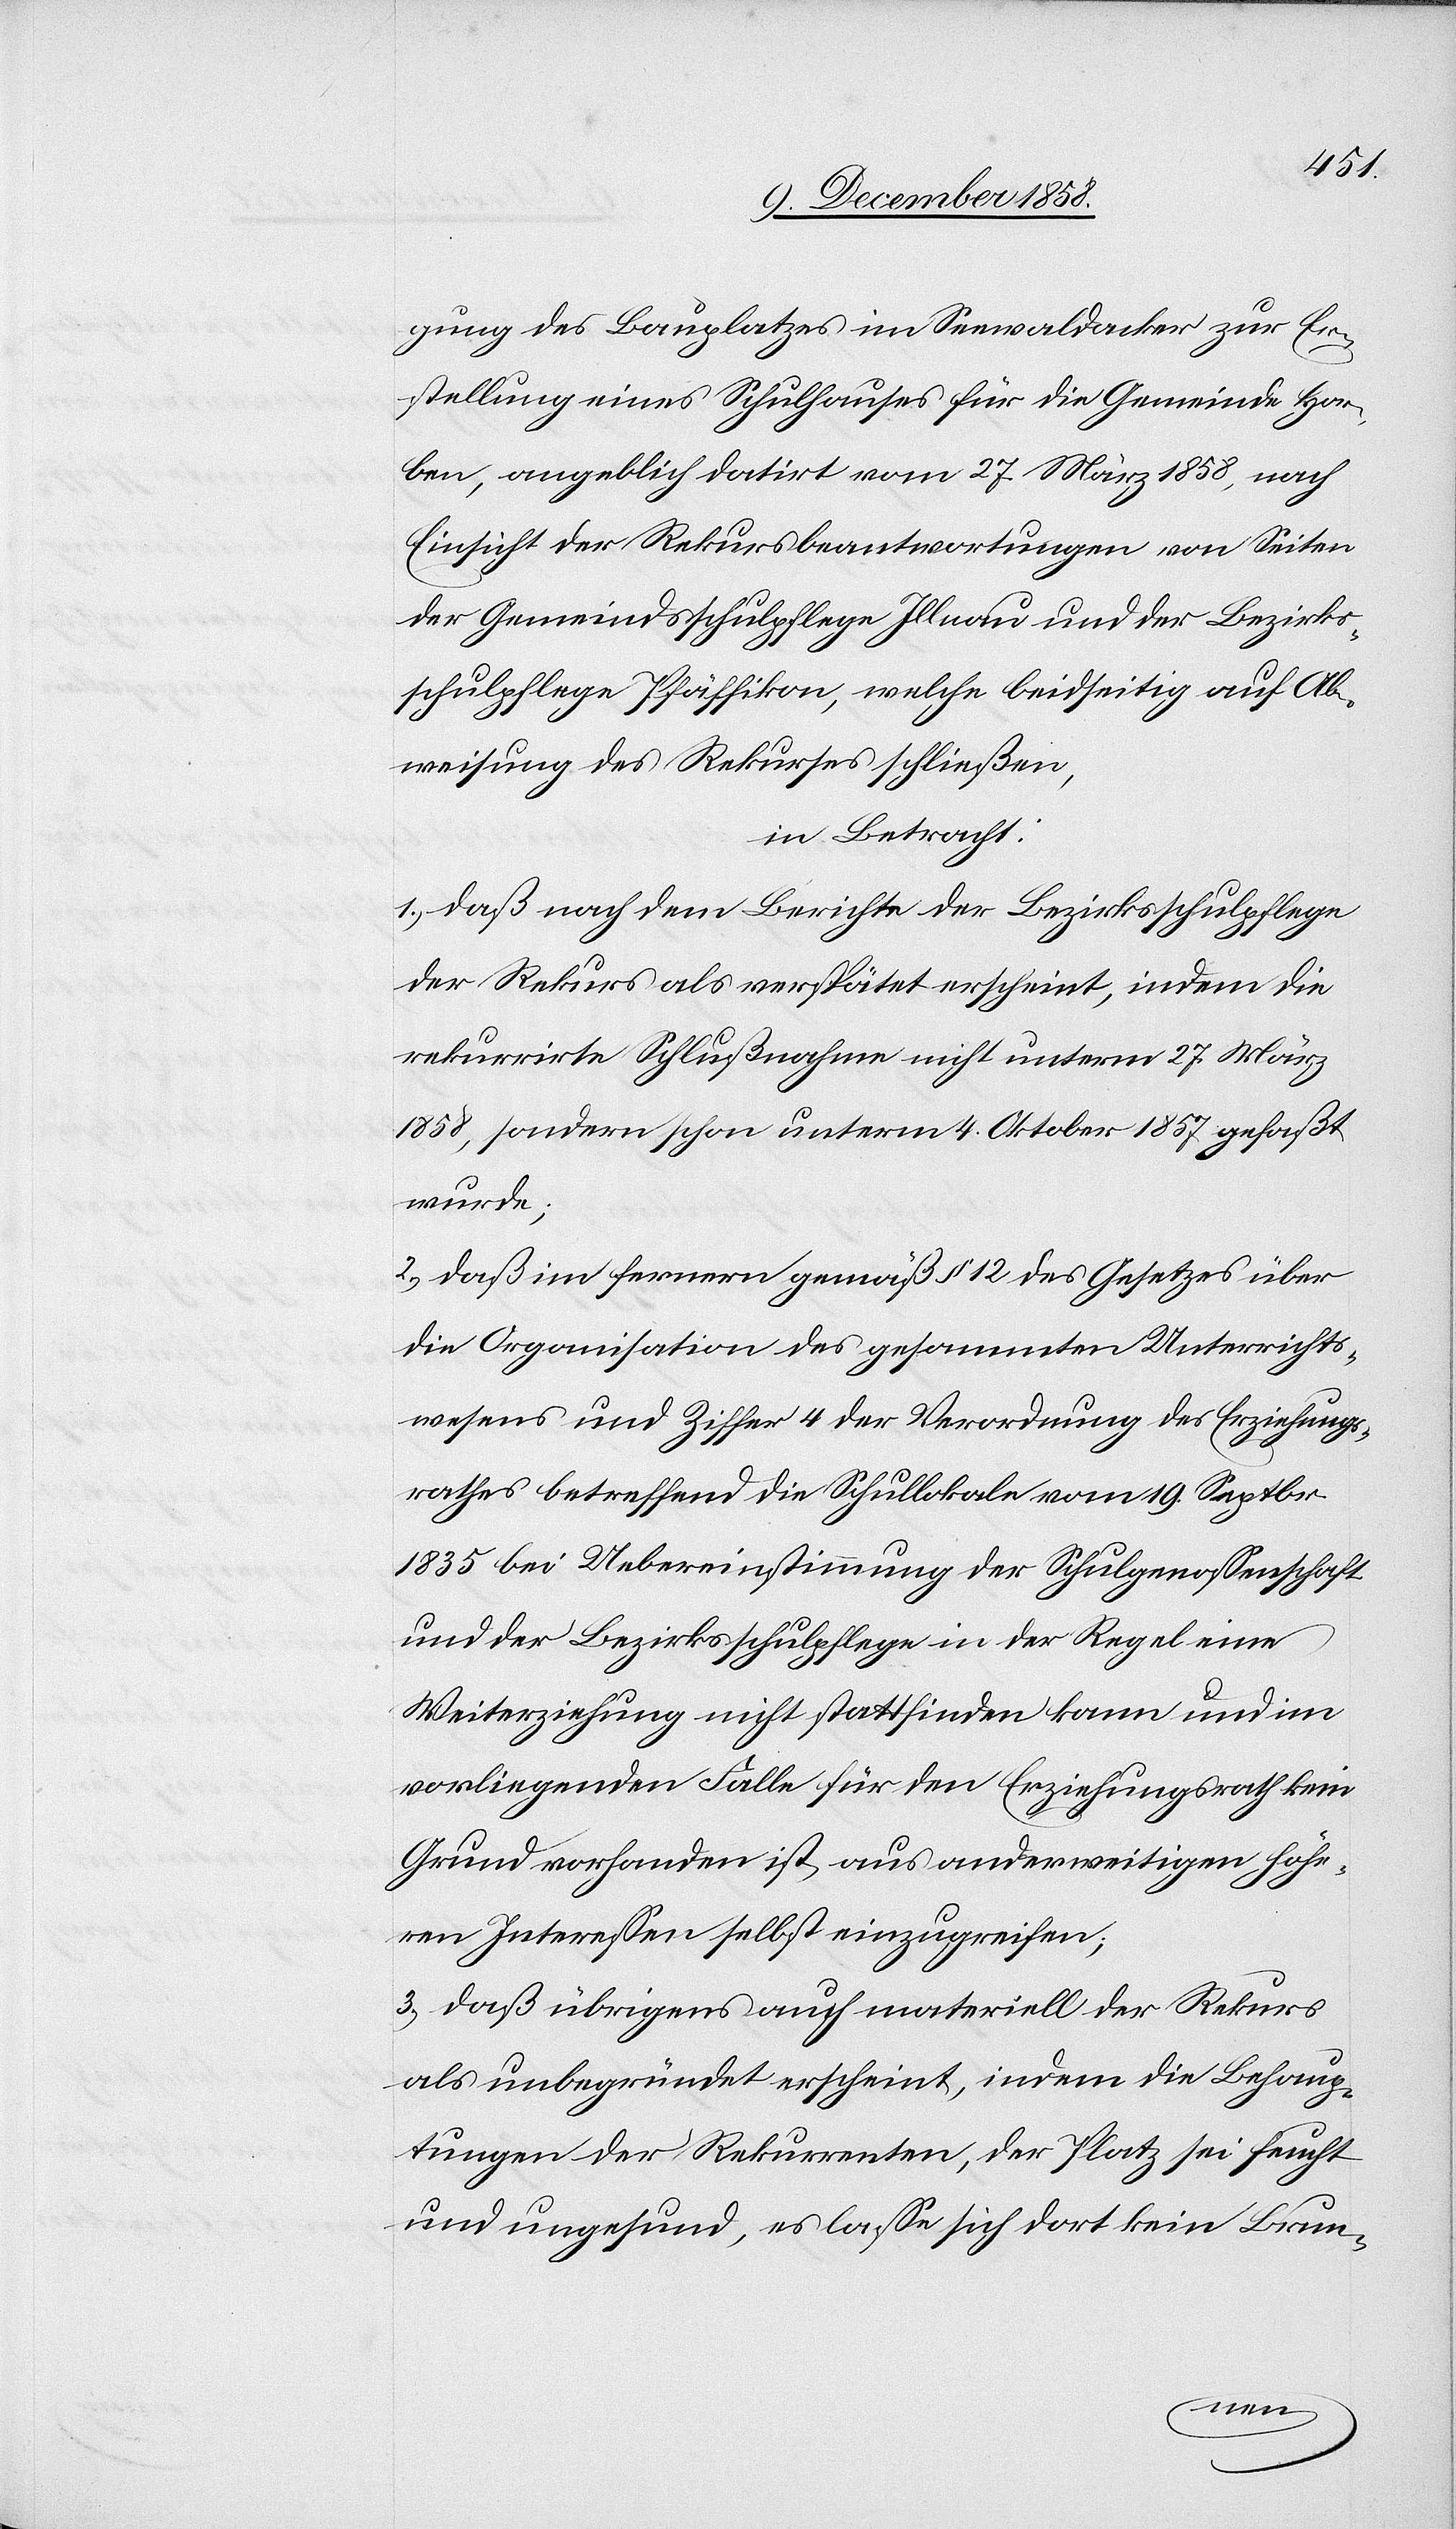
gung des Bauplatzes im Seewaldacker zur Er¬
stellung eines Schulhauses für die Gemeinde Hor¬
ben, angeblich datirt vom 27. März 1858, nach
Einsicht der Rekursbeantwortungen von Seiten
der Gemeindsschulpflege Illnau und der Bezirks¬
schulpflege Pfäffikon, welche beidseitig auf Ab¬
weisung des Rekurses schließen,
in Betracht:
1.) daß nach dem Berichte der Bezirksschulpflege
der Rekurs als verspätet erscheint, indem die
rekurrirte Schlußnahme nicht unterm 27. März
1858, sondern schon unterm 4. Oktober 1857 gefaßt
wurde;
2.) daß im fernern gemäß § 12 des Gesetzes über
die Organisation des gesammten Unterrichts¬
wesens und Ziffer 4 der Verordnung des Erziehungs¬
rathes betreffend die Schullokale vom 19. Septbr.
1835 bei Uebereinstimmung der Schulgenossenschaft
und der Bezirksschulpflege in der Regel eine
Weiterziehung nicht stattfinden kann und im
vorliegenden Falle für den Erziehungsrath kein
Grund vorhanden ist, aus anderweitigen höhe¬
ren Interessen selbst einzugreifen;
3.) daß übrigens auch materiell der Rekurs
als unbegründet erscheint, indem die Behaup¬
tungen der Rekurrenten, der Platz sei feucht
und ungesund, es lasse sich dort kein Brun-